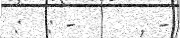
:  : -